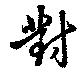
對